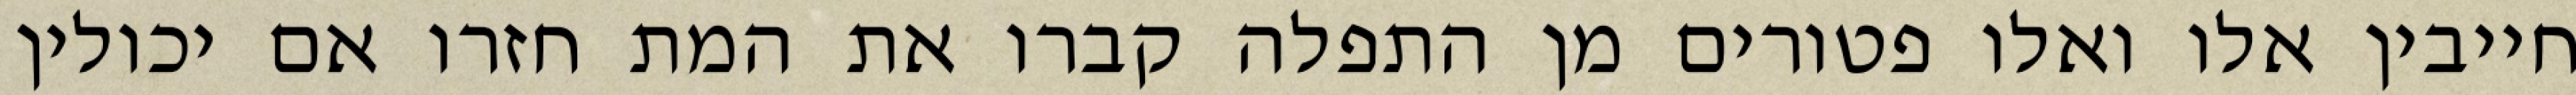
חייבין אלו ואלו פטורים מן התפלה קברו את המת חזרו אם יכולין